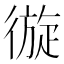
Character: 𢕐